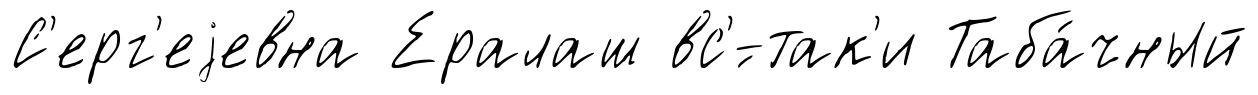
С'ерг'еjевна Ералаш вс'́-так'и Таба́чный